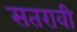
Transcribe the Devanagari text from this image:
सतरावी